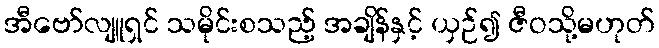
အီဗော်လျူရှင် သမိုင်းစသည့် အချိန်နှင့် ယှဉ်၍ ဇီဝသို့မဟုတ်